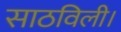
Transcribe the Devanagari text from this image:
साठविली।